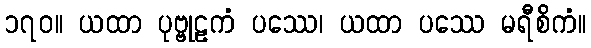
၁၇၀။ ယထာ ပုဗ္ဗုဠကံ ပဿေ၊ ယထာ ပဿေ မရီစိကံ။